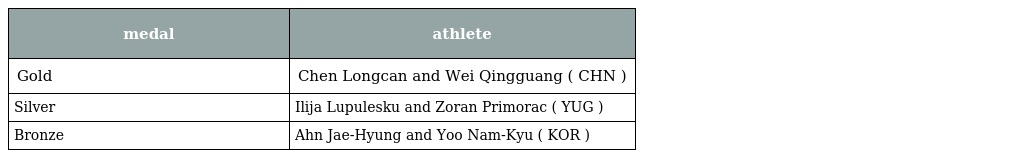
| medal | athlete |
 | --- | --- |
 | Gold | Chen Longcan and Wei Qingguang ( CHN ) |
 | Silver | Ilija Lupulesku and Zoran Primorac ( YUG ) |
 | Bronze | Ahn Jae-Hyung and Yoo Nam-Kyu ( KOR ) |